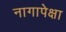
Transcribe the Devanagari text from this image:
नागापेक्षा